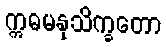
ဣဓမနုသိက္ခတော